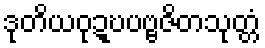
ဒုတိယဝုဍ္ဎပဗ္ဗဇိတသုတ္တံ